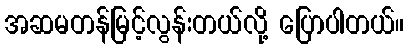
အဆမတန်မြင့်လွန်းတယ်လို့ ပြောပါတယ်။